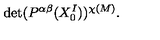
\mathrm { d e t } ( P ^ { \alpha \beta } ( X _ { 0 } ^ { I } ) ) ^ { \chi ( M ) } .